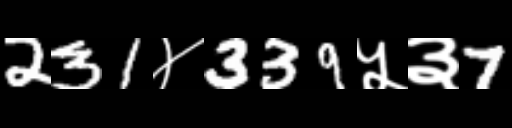
Text: 231४339५३7